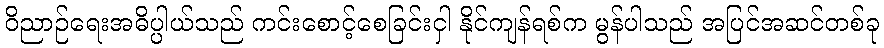
ဝိညာဉ်ရေးအဓိပ္ပါယ်သည် ကင်းစောင့်စေခြင်းငှါ နိုင်ကျန်ရစ်က မွန်ပါသည် အပြင်အဆင်တစ်ခု